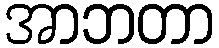
အာဘတာ